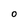
Character: O